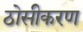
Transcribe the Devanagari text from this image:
ठोसीकरण